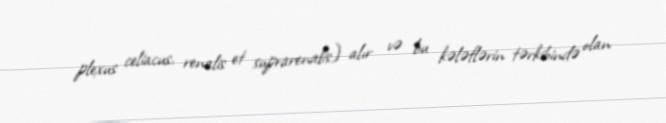
plexus celiacus, renalis et suprarenalis) alır və bu kələflərin tərkibində olan